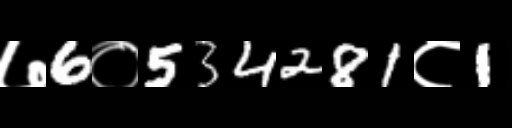
Text: ७6०534281८1